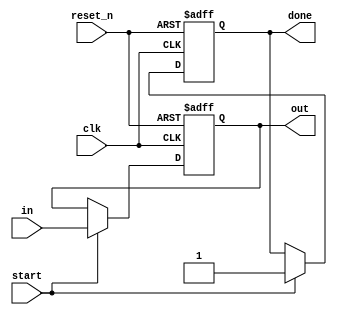
`timescale 1ns / 1ps
//////////////////////////////////////////////////////////////////////////////////
// Company: 
// Engineer: 
// 
// Design Name: 
// Module Name: reg_file
// Project Name: 
// Target Devices: 
// Tool Versions: 
// Description: 
// 
// Dependencies: 
// 
// Revision:
// Revision 0.01 - File Created
// Additional Comments:
// 
//////////////////////////////////////////////////////////////////////////////////


module reg_file(
    input clk, reset_n, start,
    input [127 : 0] in,
    output done,
    output [127 : 0] out
    );
    
    reg D_reg, D_next;
    reg [127 : 0] Q_reg, Q_next;
    always@(posedge clk, negedge reset_n)begin
        if(~reset_n) begin
            Q_reg <= 128'b0;
            D_reg <= 1'b0;
        end
        else begin
            Q_reg <= Q_next;
            D_reg <= D_next;
        end
    end
    
    always@(*)begin
        Q_next = Q_reg;
        D_next = D_reg;
        if(~start)begin
            Q_next = Q_reg;
            D_next = D_reg;
        end
        else begin
            Q_next = in;
            D_next = 1'b1;
        end
    end
    
    assign out = Q_reg;
    assign done = D_reg;
endmodule